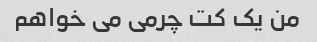
من یک کت چرمی می خواهم